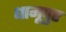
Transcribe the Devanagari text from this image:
धामूपुर